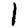
Digit: 1